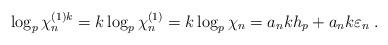
LaTeX: \begin{align*}\log_p \chi^{(1) k}_n = k \log_p \chi^{(1)}_n = k \log_p \chi_n = a_n k h_p + a_n k \varepsilon_n \; .\end{align*}